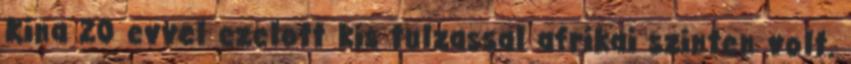
Kina 20 evvel ezelott kis tulzassal afrikai szinten volt.